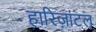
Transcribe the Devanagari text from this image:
हारिज़ांटल